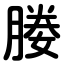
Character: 媵